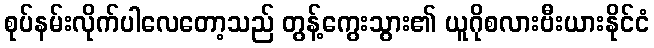
စုပ်နမ်းလိုက်ပါလေတော့သည် တွန့်ကွေးသွား၏ ယူဂိုစလားဗီးယားနိုင်ငံ